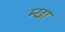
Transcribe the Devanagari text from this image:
म्खा